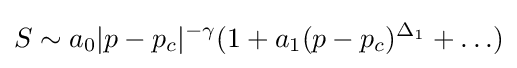
S\sim a_{0}|p-p_{c}|^{-\gamma }(1+a_{1}(p-p_{c})^{\Delta _{1}}+\ldots )